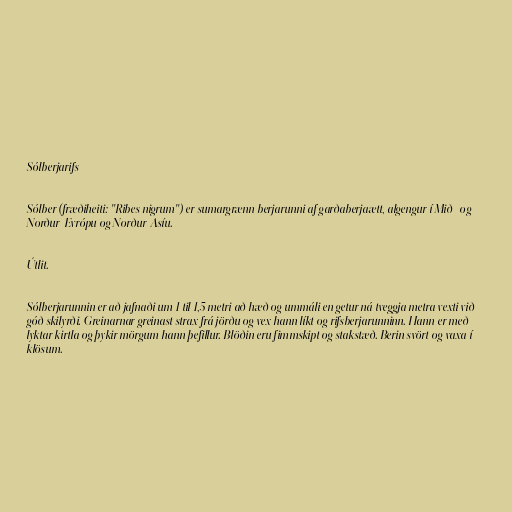
Sólberjarifs

Sólber (fræðiheiti: "Ribes nigrum") er sumargrænn berjarunni af garðaberjaætt, algengur í Mið- og
Norður-Evrópu og Norður-Asíu.

Útlit.

Sólberjarunnin er að jafnaði um 1 til 1,5 metri að hæð og ummáli en getur ná tveggja metra vexti við
góð skilyrði. Greinarnar greinast strax frá jörðu og vex hann líkt og rifsberjarunninn. Hann er með
lyktar kirtla og þykir mörgum hann þefillur. Blöðin eru fimmskipt og stakstæð. Berin svört og vaxa í
klösum.